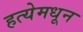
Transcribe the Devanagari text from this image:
हत्येमधून